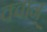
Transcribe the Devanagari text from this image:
क्वान्